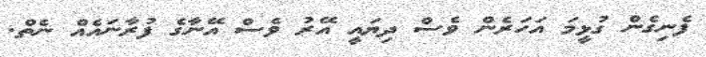
ފެނިގެން ގުޅީމަ އަހަރެން ވެސް ދިޔައީ އޭރު ވެސް އޭނާގެ ފުރާނައެއް ނެތް.